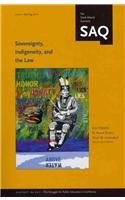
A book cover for Sovereignty, Indigeneity, and the Law (South Atlantic Quarterly, Spring 2011, 2); Eric Cheyfitz; Law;